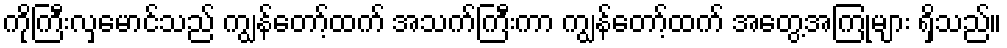
ကိုကြီးလှမောင်သည် ကျွန်တော့်ထက် အသက်ကြီးကာ ကျွန်တော့်ထက် အတွေ့အကြုံများ ရှိသည်။